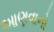
આણવાનો